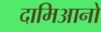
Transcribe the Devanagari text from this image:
दामिआनो